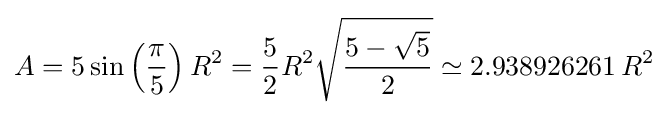
A=5\sin \left({\frac {\pi }{5}}\right)R^{2}={\frac {5}{2}}R^{2}{\sqrt {\frac {5-{\sqrt {5}}}{2}}}\simeq 2.938926261\,R^{2}